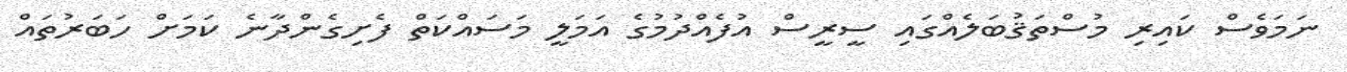
ނަމަވެސް ކައިރި މުސްތަޤުބަލެއްގައި ސީރީސް އުފެއްދުމުގެ އަމަލީ މަސައްކަތް ފެށިގެންދާނެ ކަމަށް ހަބަރުތައް